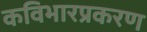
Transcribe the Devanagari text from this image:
कविभारप्रकरण